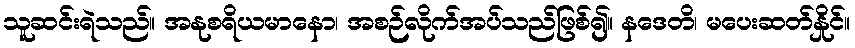
သူဆင်းရဲသည်။ အနုစရိယမာနော၊ အစဉ်လိုက်အပ်သည်ဖြစ်၍။ နဒေတိ၊ မပေးဆတ်နှိုင်။